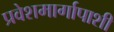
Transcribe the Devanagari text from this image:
प्रवेशमार्गापाशी